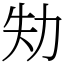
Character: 劮